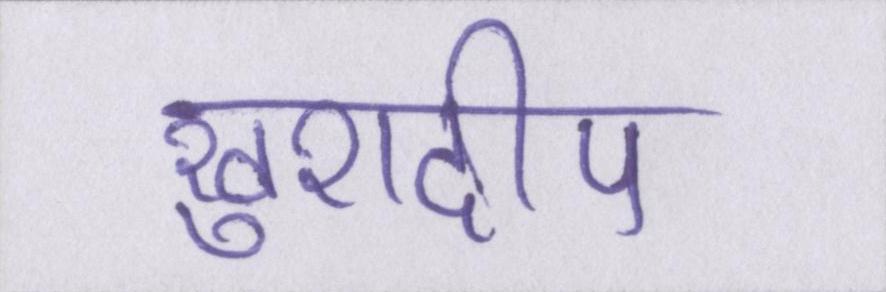
खुशदीप